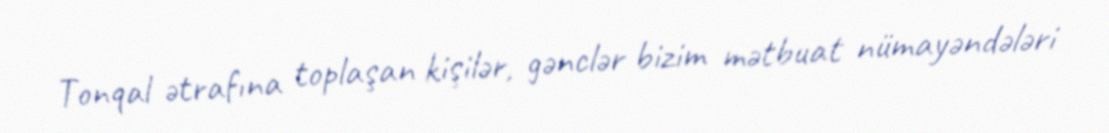
Tonqal ətrafına toplaşan kişilər, gənclər bizim mətbuat nümayəndələri